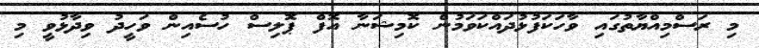
މި ރަސްމިއްޔާތުގައި ވާހަކަފުޅުދައްކަވަމުން ކޮމިޝަނާ އޮފް ޕޮލިސް ހުސެއިން ވަހީދު ވިދާޅުވީ މި